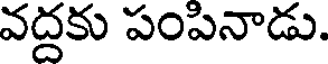
వద్దకు పంపినాడు.